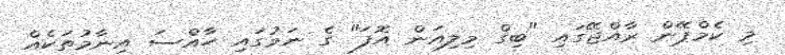
މި ކެމްޕޭން ރާއްޖޭގައި "ބިގް މިލިއަން އޮފަ" ގެ ނަމުގައި ހާއްސަ އިނާމުތަކެއް